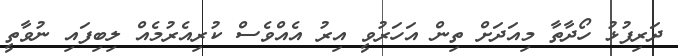
ދަރިފުޅު ހޯދާތާ މިއަދަށް ތިން އަހަރުވީ އިރު އެއްވެސް ކުރިއެރުމެއް ލިބިފައި ނުވާތީ